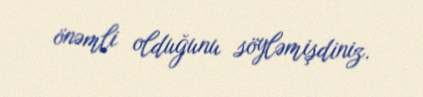
önəmli olduğunu söyləmişdiniz.